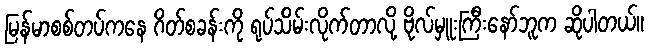
မြန်မာစစ်တပ်ကနေ ဂိတ်စခန်းကို ရုပ်သိမ်းလိုက်တာလို့ ဗိုလ်မှူးကြီးနော်ဘူက ဆိုပါတယ်။